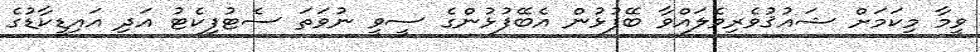
ވީމާ މިކަމަށް ޝައުޤުވެރިވެލައްވާ ބޭފުޅުން އެބޭފުޅުންގެ ސީވީ ނުވަތަ ސެޓުފިކެޓު އަދި އައިޑީކާޑުގެ